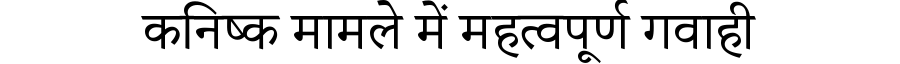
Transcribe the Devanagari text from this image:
कनिष्क मामले में महत्वपूर्ण गवाही